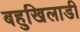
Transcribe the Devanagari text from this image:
बहुखिलाडी